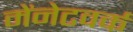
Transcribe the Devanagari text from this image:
मेंनेटवर्क